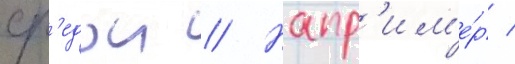
ср'едои // Напр'им'е́р /